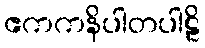
ဧကကနိပါတပါဠိ